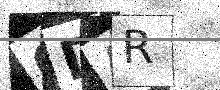
Text: 0DAR